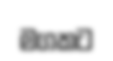
මගකට